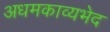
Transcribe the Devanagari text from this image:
अधमकाव्यभेद